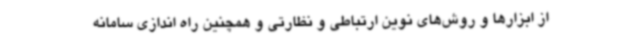
از ابزارها و روش‌های نوین ارتباطی و نظارتی و همچنین راه اندازی سامانه